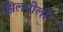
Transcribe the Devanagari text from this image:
झिलमीली